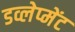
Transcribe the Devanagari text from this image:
डव्लेप्मेंट